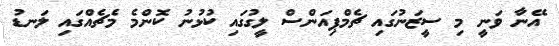
އޭނާ ވަނީ މި ސީޒަނުގައި ޗެމްޕިއަންސް ލީގުގައި ކުޅުނު ކޮންމެ މެޗެއްގައި ލަނޑު